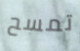
تمسح